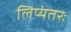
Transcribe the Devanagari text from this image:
लिप्यंतरः